Medical and sanitary report of the native army of Madras for the year
Year: 1876
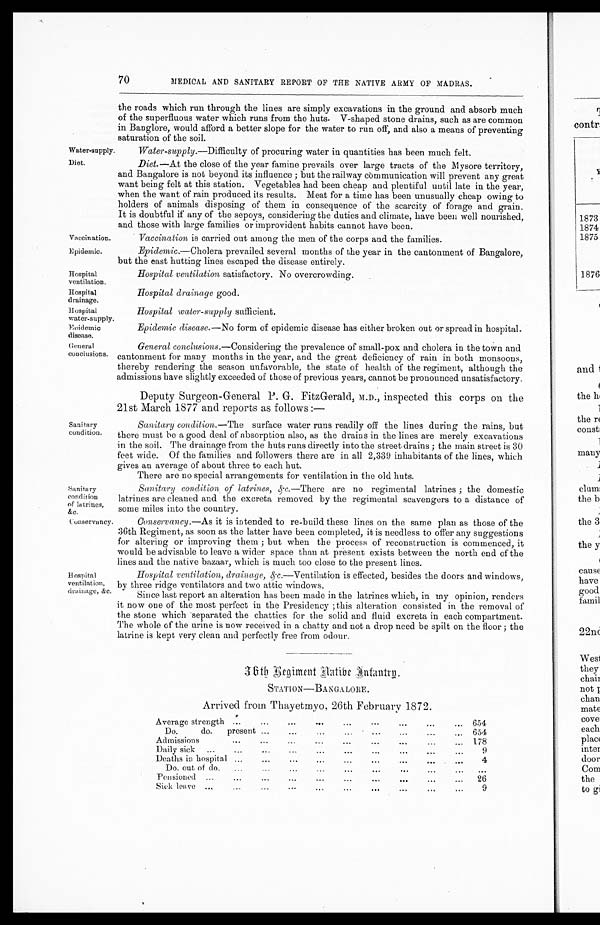
Vaccoination.
Epidemic.
Hospital
ventilation
Hospital
drainage.
Hospital
water-supply.
Hospital water-supply sufficient.
Epidemic disease.—No form of epidemic disease has either broken out or spread in hospital.
Epidemic
disease.
Sanitary
condition
of latrine s ,
&c.
Conservancy.
70
MEDICAL AND SANITARY REPORT OF THE NATIVE ARMY OF MADRAS.
the roads which run through the lines are simply excavations in the ground and absorb much
of the superfluous water which runs from the huts. V-shaped stone drains, such as are common
in Banglore, would afford a better slope for the water to run off, and also a means of preventing
saturation of the soil.
Water-supply.
Water-supply.—Difficulty of procuring water in quantities has been much felt.
Diet.
Diet.—At the close of the year famine prevails over large tracts of the Mysore territory,
and Bangalore is not beyond its influence; but the railway communication will prevent any great
want being felt at this station. Vegetables had been cheap and plentiful until late in the year,
when the want of rain produced its results. Meat for a time has been unusually cheap owing to
holders of animals disposing of them in consequence of the scarcity of forage and grain.
It is doubtful if any of the sepoys, considering the duties and climate, have been well nourished,
and those with large families or improvident habits cannot have been.
Vaccination is carried out among the men of the corps and the families.
Epidemic.—Cholera prevailed several months of the year in the cantonment of Bangalore,
but the east hutting lines escaped the disease entirely.
Hospital ventilation satisfactory. No overcrowding.
Hospital drainage good.
General
conclusions.
Sanitary
condition.
General conclusions.—Considering the prevalence of small-pox and cholera in the town and
cantonment for many months in the year, and the great deficiency of rain in both monsoons,
thereby rendering the season unfavorable, the state of health of the regiment, although the
admissions have slightly exceeded of those of previous years, cannot be pronounced unsatisfactory.
Deputy Surgeon-General P. G. FitzGerald, M.D., inspected this corps on the
21st March 1877 and reports as follows :—
Sanitary condition.—The surface water runs readily off the lines during the rains, but
there must be a good deal of absorption also, as the drains in the lines are merely excavations
in the soil. The drainage from the huts runs directly into the street drains ; the main street is 30
feet wide. Of the families and followers there are in all 2,339 inhabitants of the lines, which
gives an average of about three to each hut.
There are no special arrangements for ventilation in the old huts.
Hospital
ventilation,
drainage, &c.
Sanitary condition of latrines, &c.—There are no regimental latrines ; the domestic
latrines are cleaned and the excreta removed by the regimental scavengers to a distance of
some miles into the country.
Conservancy.—As it is intended to re-build these lines on the same plan as those of the
36th Regiment, as soon as the latter have been completed, it is needless to offer any suggestions
for altering or improving them; but when the process of reconstruction is commenced, it
would be advisable to leave a wider space than at present exists between the north end of the
lines and the native bazaar, which is much too close to the present lines.
Hospital ventilation, drainage, &c.—Ventilation is effected, besides the doors and windows,
by three ridge ventilators and two attic windows.
Since last report an alteration has been made in the latrines which, in my opinion, renders
it now one of the most perfect in the Presidency ; this alteration consisted in the removal of
the stone which separated the chatties for the solid and fluid excreta in each compartment.
The whole of the urine is now received in a chatty and not a drop need be spilt on the floor ; the
latrine is kept very clean and perfectly free from odour.
36th Regiment Native Infantry.
STATION—BANGALORE
Arrived from Thayetmyo, 26th February 1872.
Average strength ...
...
...
...
...
...... ...
...
654
...
...
...
...
.„
...
Do.
do.
present ......
654
Admissions
...
...
...
...
...
...
...
178
...
...
Daily sick
...
...
......
...
...
...
...
...
9
Deaths in hospital ......
...
...
...
...
...
. . .
4
D o . out of do.
...
...
...
...
...
...
,..
...
Pensioned
...
...
...
...
... ...
...
26
Sick leave .,„
...
...
...
...
...
:::
...
...
9